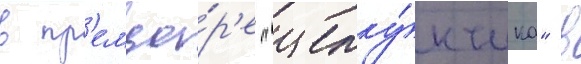
в пр'емье́р'е "щелку́нчика" в